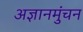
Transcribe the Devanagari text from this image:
अज्ञानमुंचन